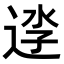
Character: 𨓎